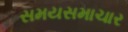
સમયસમાચાર